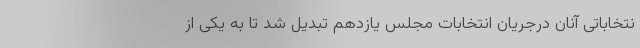
نتخاباتی آنان درجریان انتخابات مجلس یازدهم تبدیل شد تا به یکی از